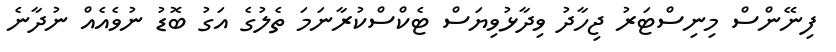
ފިނޭންސް މިނިސްޓަރު ޖިހާދު ވިދާޅުވިޔަސް ޓެކްސްކުރާނަމަ ތެލުގެ އަގު ބޮޑު ނުވެއެއް ނުދާނެ